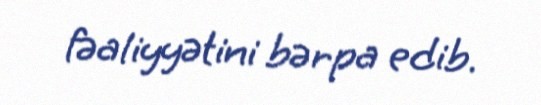
fəaliyyətini bərpa edib.